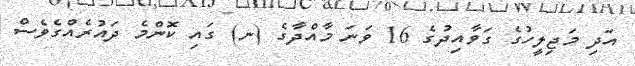
އަދި މަޖިލީހުގެ ގަވާއިދުގެ 16 ވަނަ މާއްދާގެ (ނ) ގައި ކޮންމެ ދައުރެއްގެވެސް